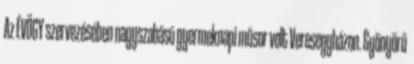
Az ÉVÖGY szervezésében nagyszabású gyermeknapi műsor volt Veresegyházon. Gyönyörű